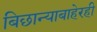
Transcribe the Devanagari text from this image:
बिछान्याबाहेरही